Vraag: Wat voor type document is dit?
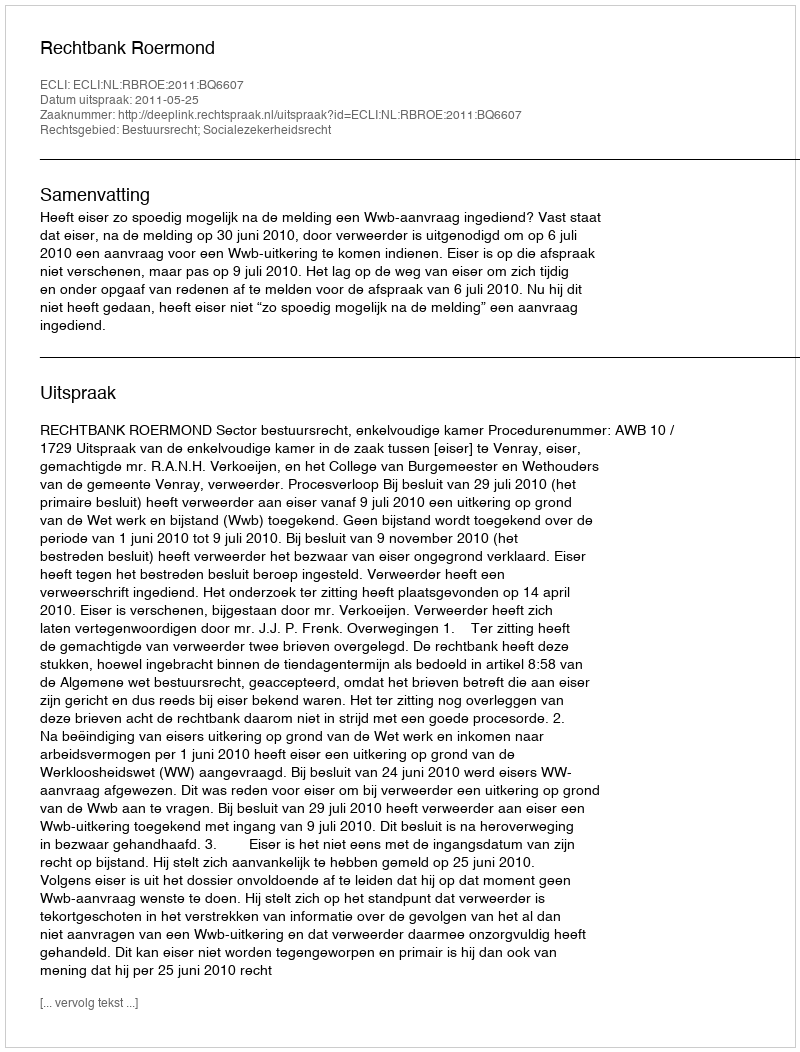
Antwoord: Uitspraak